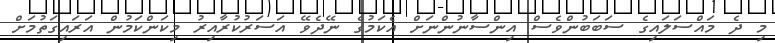
މި ދެ މައްސަލައިގެ ސަބަބުންވެސް އިންސާނުންނަށް އެކަމުގެ ނޭދެވޭ އަސަރުކުރާއިރު މިކަންކަމުން އަރައިގަތުމަށް